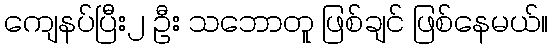
ကျေနပ်ပြီး၂ ဦး သဘောတူ ဖြစ်ချင် ဖြစ်နေမယ်။